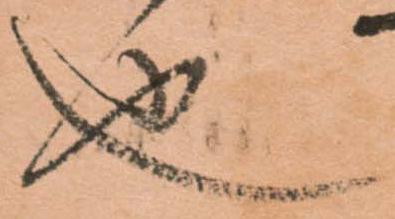
也